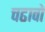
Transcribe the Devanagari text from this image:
चढावो